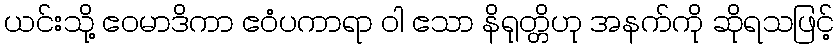
ယင်းသို့ ဧဝမာဒိကာ ဧဝံပကာရာ ဝါ ဧသာ နိရုတ္တိဟု အနက်ကို ဆိုရသဖြင့်